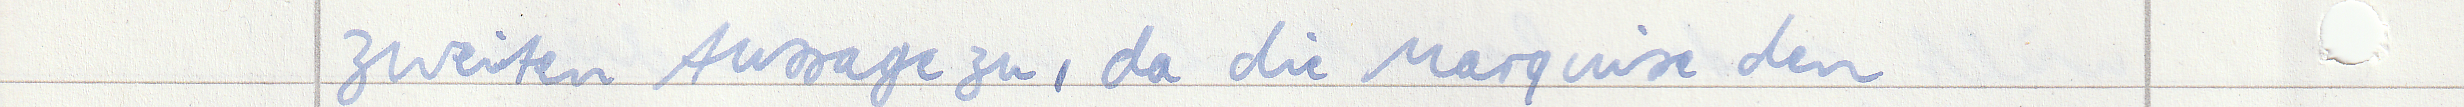
zweiten Aussage zu, da die Marquise den